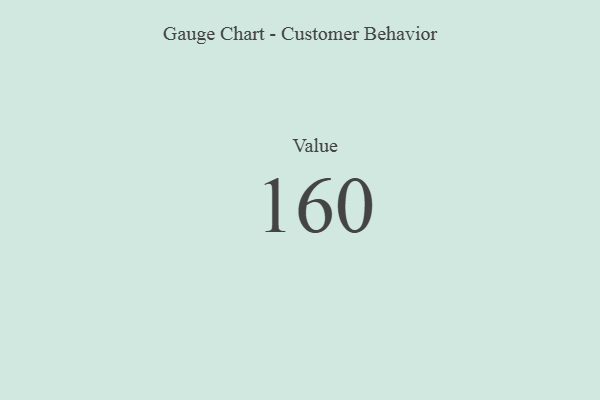
{"axis": {"x": "Metric", "y": "Value"}, "legend": [""], "data": [{"x": "Value", "y": 160, "type": ""}]}